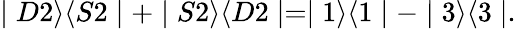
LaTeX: \mid D2\rangle\langle S2\mid+\mid S2\rangle\langle D2\mid=\mid 1\rangle\langle 1\mid-\mid 3\rangle\langle 3\mid.